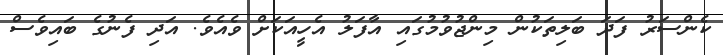
ކެންސަރު ފަދަ ބަލިތަކުން މިންޖުވުމުގައި އާފަލު އެހީއަކަށް ވެއެވެ. އަދި ފެނުގެ ބައިވެސް